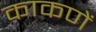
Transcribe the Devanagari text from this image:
काकणें